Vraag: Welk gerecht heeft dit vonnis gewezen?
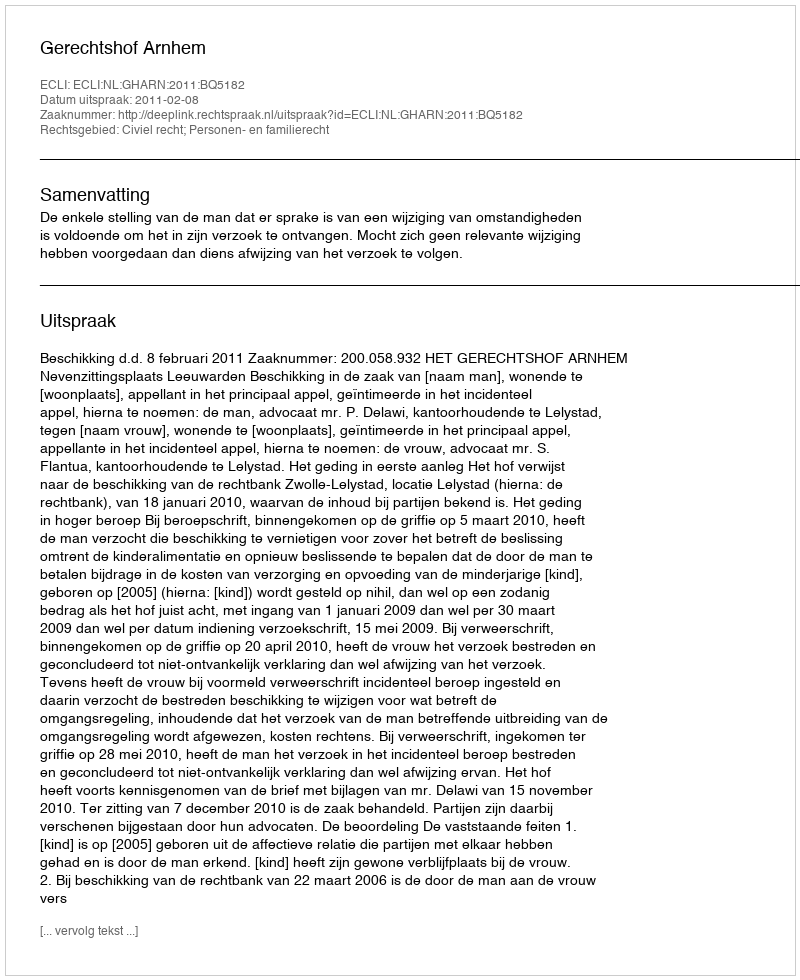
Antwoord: Gerechtshof Arnhem